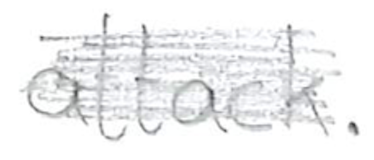
Text: attack.
Cross-out: scratch
Writing tool: pencil